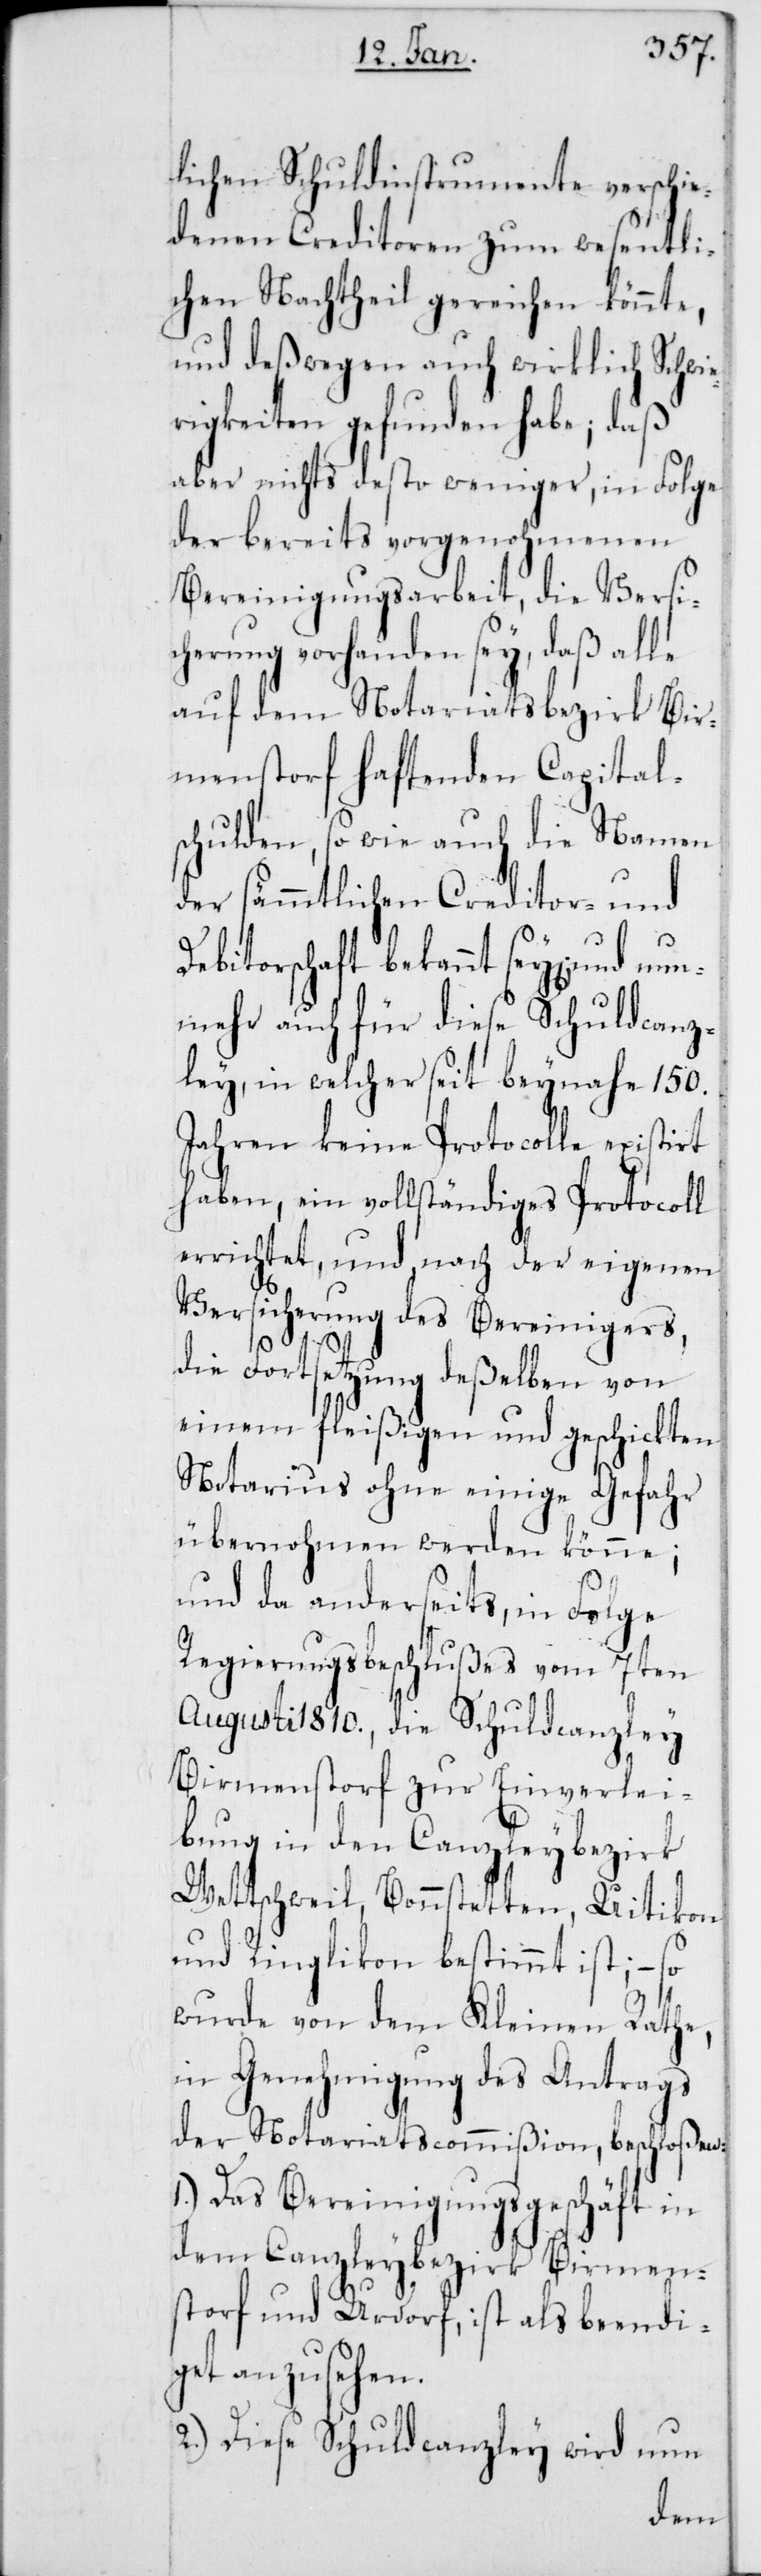
lichen Schuldinstrumente verschie¬
denen Creditoren zum wesentli¬
chen Nachtheil gereichen könnte,
und deßwegen auch wirklich Schwie¬
rigkeiten gefunden habe; daß
aber nicht desto weniger, in Folge
der bereits vorgenohmenen
Bereinigungsarbeit, die Versi¬
cherung vorhanden sey, daß alle
auf dem Notariatsbezirk Bir¬
menstorf haftenden Capital¬
schulden, so wie auch die Namen
der sämmtlichen Creditor- und
Debitorschaft bekannt sey[en], und n¬
unmehr auch für diese Schuldcanz¬
ley, in welcher seit beynahe 150.
Jahren keine Protocolle existirt
haben, ein vollständiges Protocoll
errichtet, und nach der eigenen
Versicherung des Bereinigers,
die Fortsetzung deßelben von
einem fleißigen und geschickten
Notarius ohne einige Gefahr
übernohmen werden könne;
und da anderseits, in Folge
Regierungsbeschlußes vom 7ten
Augusti 1810., die Schuldcanzley
Birmenstorf zur Einverlei¬
bung in den Canzleybezirk
Wettschweil, Bonnstetten, Uitikon
und Ringlikon bestimmt ist, – so
wurde von dem Kleinen Rathe,
in Genehmigung des Antrags
der Notariatscommißion, beschloßen:
1.) Das Bereinigungsgeschäft in
dem Canzleybezirk Birmen¬
storf und Urdorf, ist als beendi¬
get anzusehen.
2.) Diese Schuldcanzley wird nun